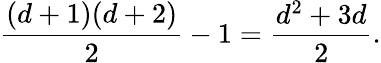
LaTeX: {\frac{(d+1)(d+2)}{2}}-1={\frac{d^{2}+3d}{2}}.